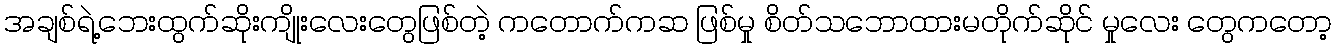
အချစ်ရဲ့ဘေးထွက်ဆိုးကျိုးလေးတွေဖြစ်တဲ့ ကတောက်ကဆ ဖြစ်မှု စိတ်သဘောထားမတိုက်ဆိုင် မှုလေး တွေကတော့